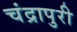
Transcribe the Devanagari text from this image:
चंद्रापुरी